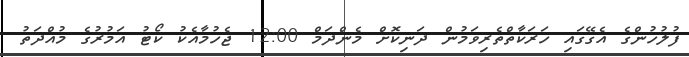
ފުލުހުންގެ އެގޭގައި ހަރަކާތްތެރިވަމުން ދަނިކޮށް މެންދަމް 12:00 ޖެހުމާއެކު ކޯޓު އަމުރުގެ މުއްދަތު